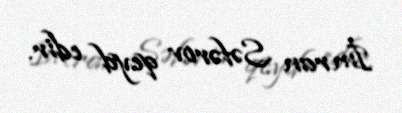
İmran Səfərov qeyd edir.